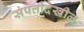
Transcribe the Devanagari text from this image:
संपत्तीदेखील